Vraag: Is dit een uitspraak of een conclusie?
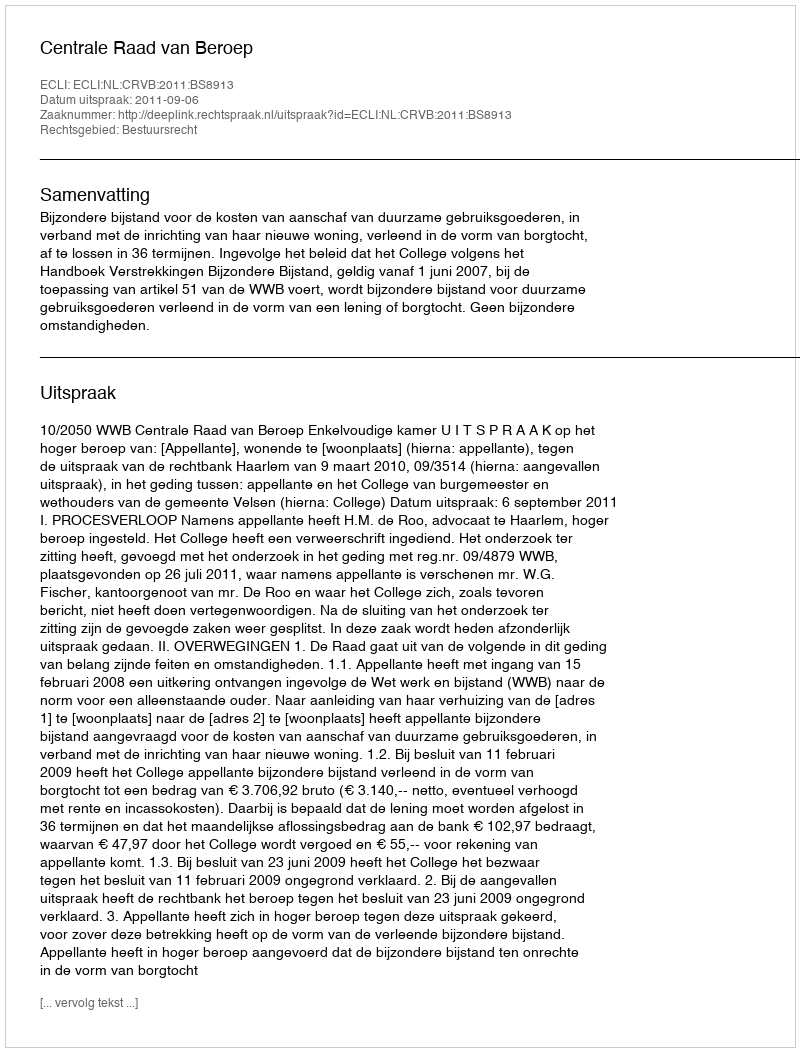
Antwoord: Uitspraak